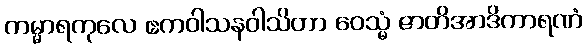
ကမ္မာရကုလေ ဧကဝါသနဝါသိတာ ဝေသ္မံ ဇာတိအာဒိကာရဏံ